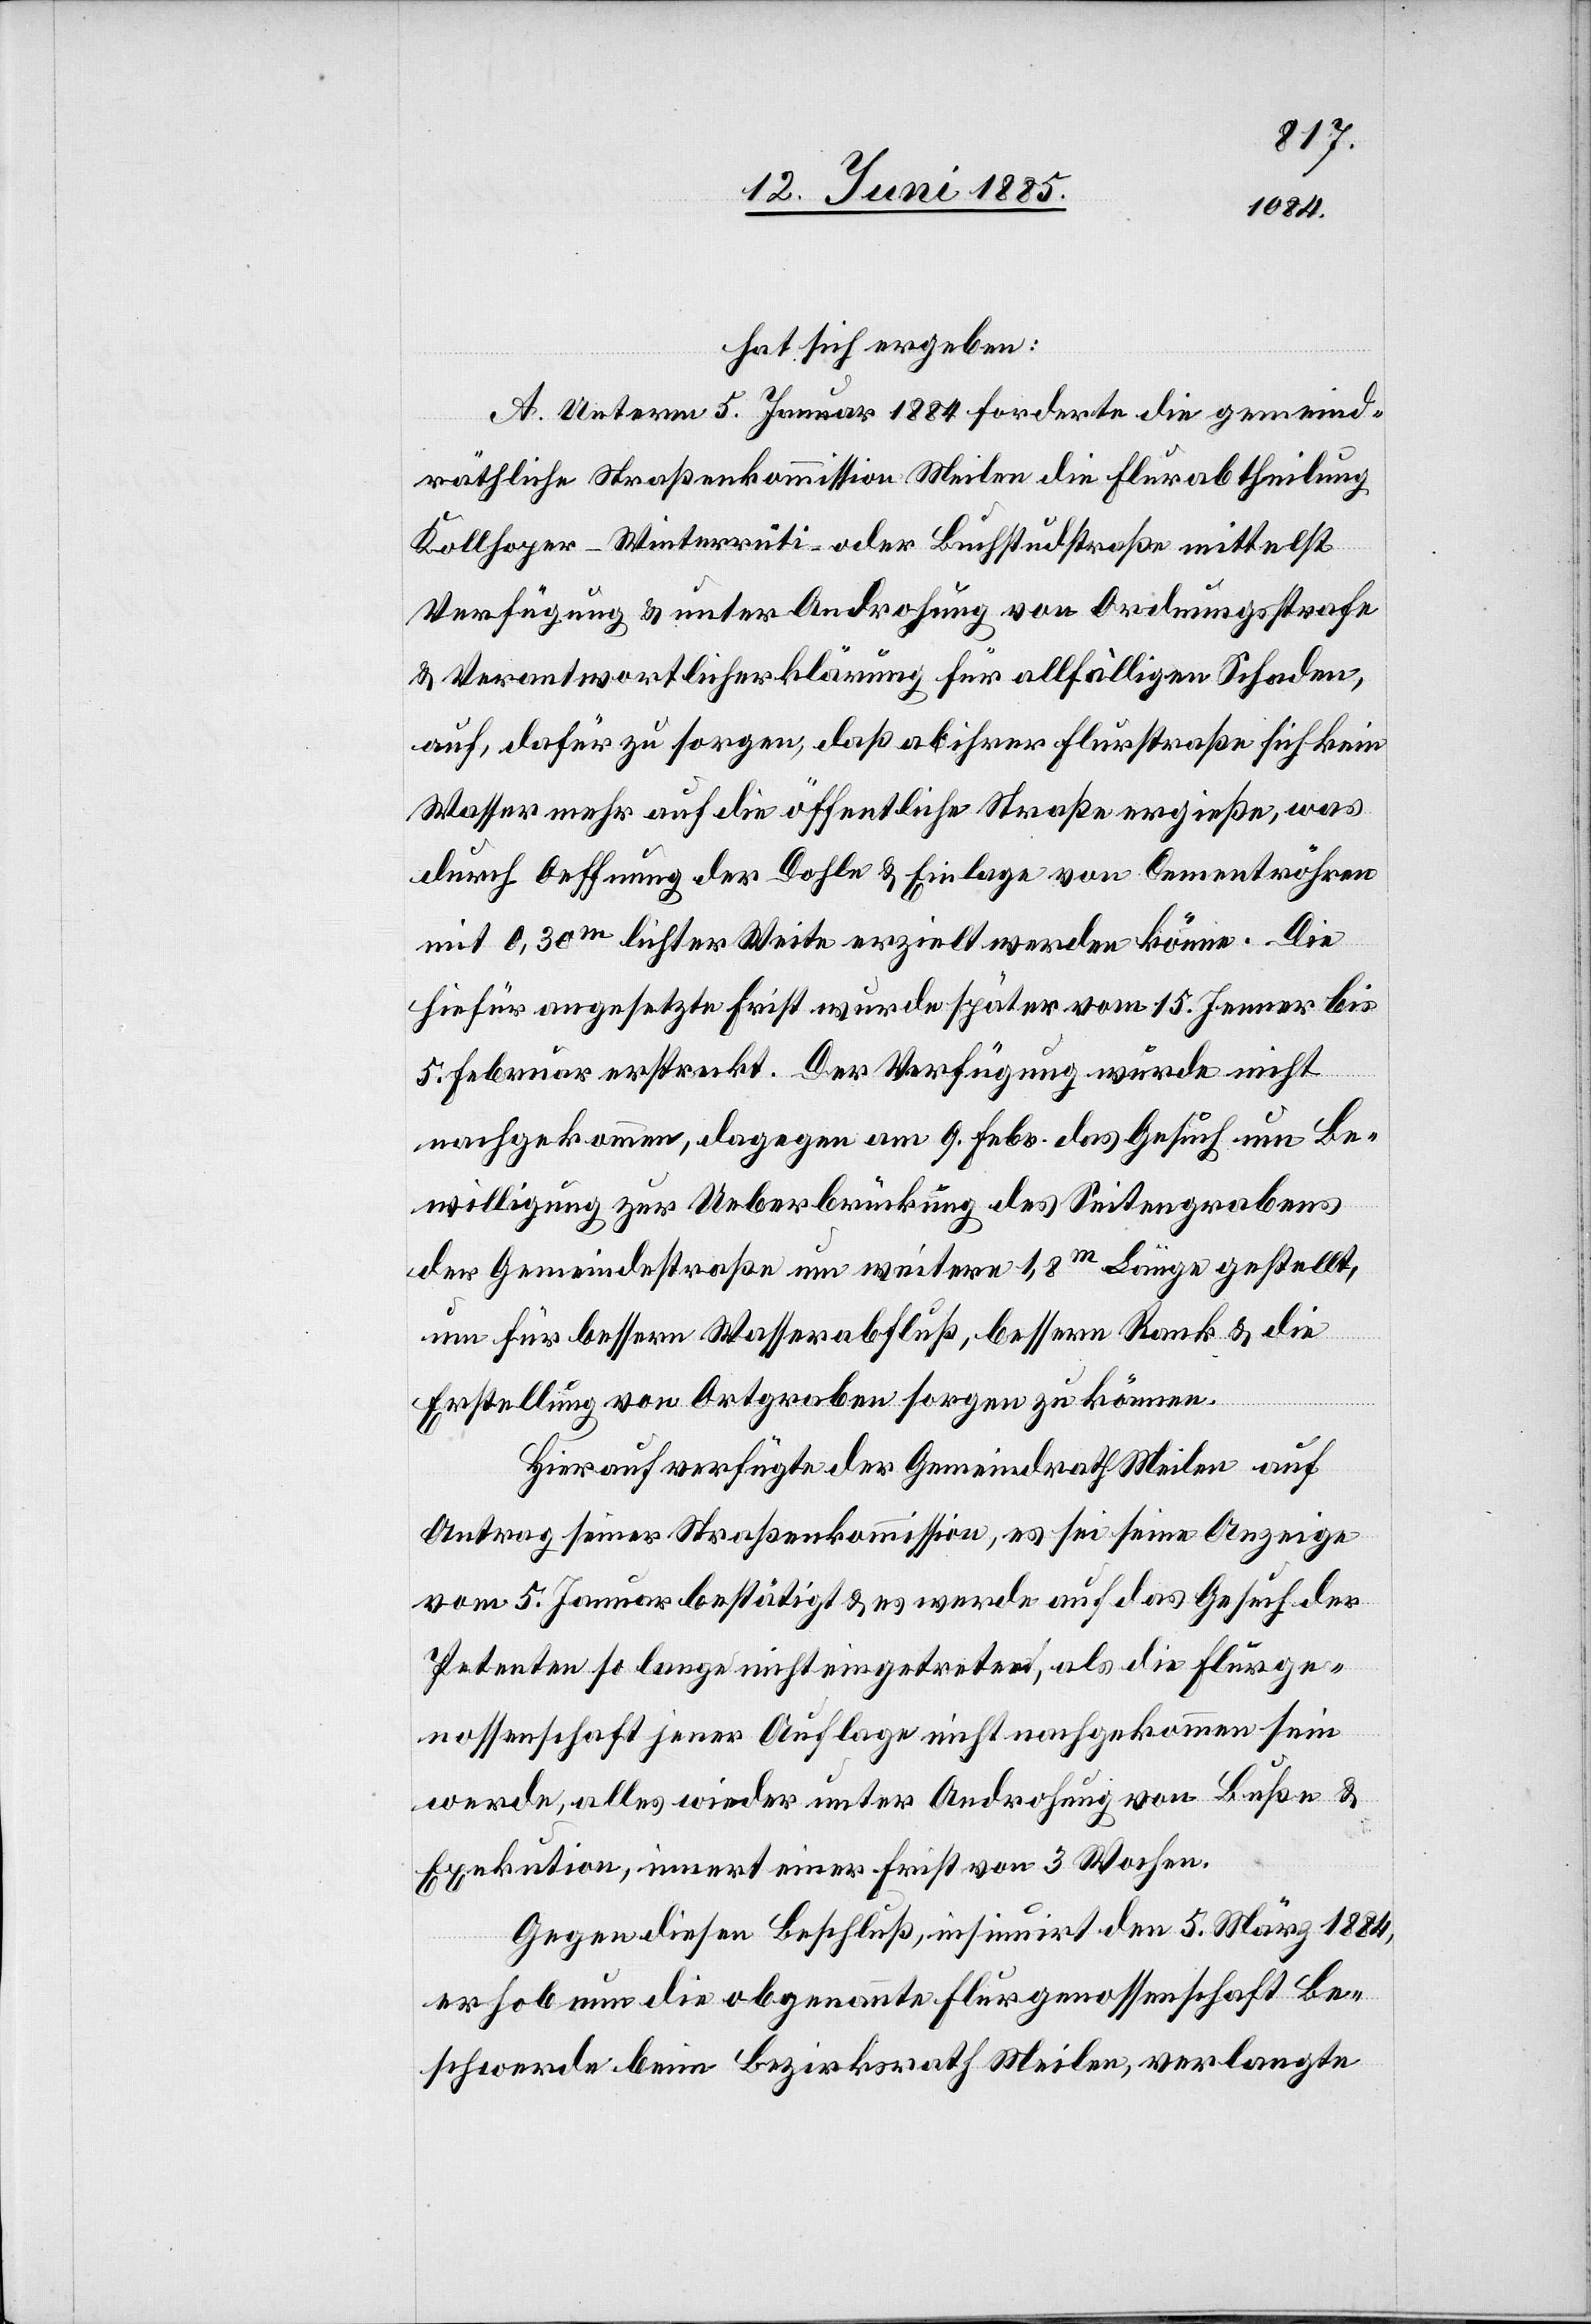
hat sich ergeben:
A. Unterm 5. Januar 1884 forderte die gemeind¬
räthliche Straßenkommission Meilen die Flurabtheilung
Kollhoper–Winterrüti- oder Buchstudstraße mittelst
Verfügung & unter Androhung von Ordnungsstrafe
& Verantwortlicherklärung für allfälligen Schaden,
auf, dafür zu sorgen daß ab ihrer Flurstraße sich kein
Wasser mehr auf die öffentliche Straße ergieße, was
durch Oeffnung der Dohle [sic!] & Einlage von Cementröhren
mit 0,30 m lichter Weite erzielt werden könne. Die
hiefür angesetzte Frist wurde später vom 15. Jenner bis
5. Februar erstreckt. Der Verfügung wurde nicht
nachgekommen, dagegen am 9. Febr. das Gesuch um Be¬
willigung zur Ueberbrückung des Seitengrabens
der Gemeindestraße um weitere 1,8 m Länge gestellt,
um für bessern Wasserabfluß, bessern Rank & die
Erstellung von Ortgraben sorgen zu können.
Hierauf verfügte der Gemeindrath Meilen auf
Antrag seiner Straßenkommission, es sei seine Anzeige
vom 5. Januar bestätigt & es werde auf das Gesuch der
Petenten so lange nicht eingetreten, als die Flurge¬
nossenschaft jener Auflage nicht nachgekommen sein
werde, alles wieder unter Androhung von Buße &
Exekution, innert einer Frist von 3 Wochen.
Gegen diesen Beschluß, insinuirt den 5. März 1884,
erhob nun die obgenannte Flurgenossenschaft Be¬
schwerde beim Bezirksrath Meilen, verlangte